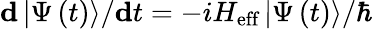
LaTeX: \textbf{d}\left|\Psi\left(t\right)\right\rangle/\textbf{d}t=-iH_{\textrm{eff}}\left|\Psi\left(t\right)\right\rangle/\hbar